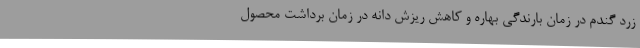
زرد گندم در زمان بارندگی بهاره و کاهش ریزش دانه در زمان برداشت محصول